Subject: physics
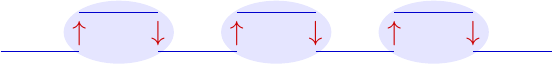
LaTeX code:
\begin{tikzpicture}[baseline={([yshift=-.8ex]current bounding box.center)}]
  \fill[blue!10] (1.5,0.25) ellipse (0.7 and 0.4);
  \fill[blue!10] (3.5,0.25) ellipse (0.7 and 0.4);
  \fill[blue!10] (5.5,0.25) ellipse (0.7 and 0.4);
  {\color{blue!80!black}
    \draw(0,0) -- (1,0);
    \draw(1,0.5) -- (2,0.5);
    \draw(2,0) -- (3,0);
    \draw(3,0.5) -- (4,0.5);
    \draw(4,0) -- (5,0);
    \draw(5,0.5) -- (6,0.5);
    \draw(6,0) -- (7,0);
  }
  {\color{red!80!black}
    \node at (1,-0.05) [above] {$\uparrow$} ;
    \node at (2,-0.05) [above] {$\downarrow$} ;
    \node at (3,-0.05) [above] {$\uparrow$} ;
    \node at (4,-0.05) [above] {$\downarrow$} ;
    \node at (5,-0.05) [above] {$\uparrow$} ;
    \node at (6,-0.05) [above] {$\downarrow$} ;
  }
\end{tikzpicture}